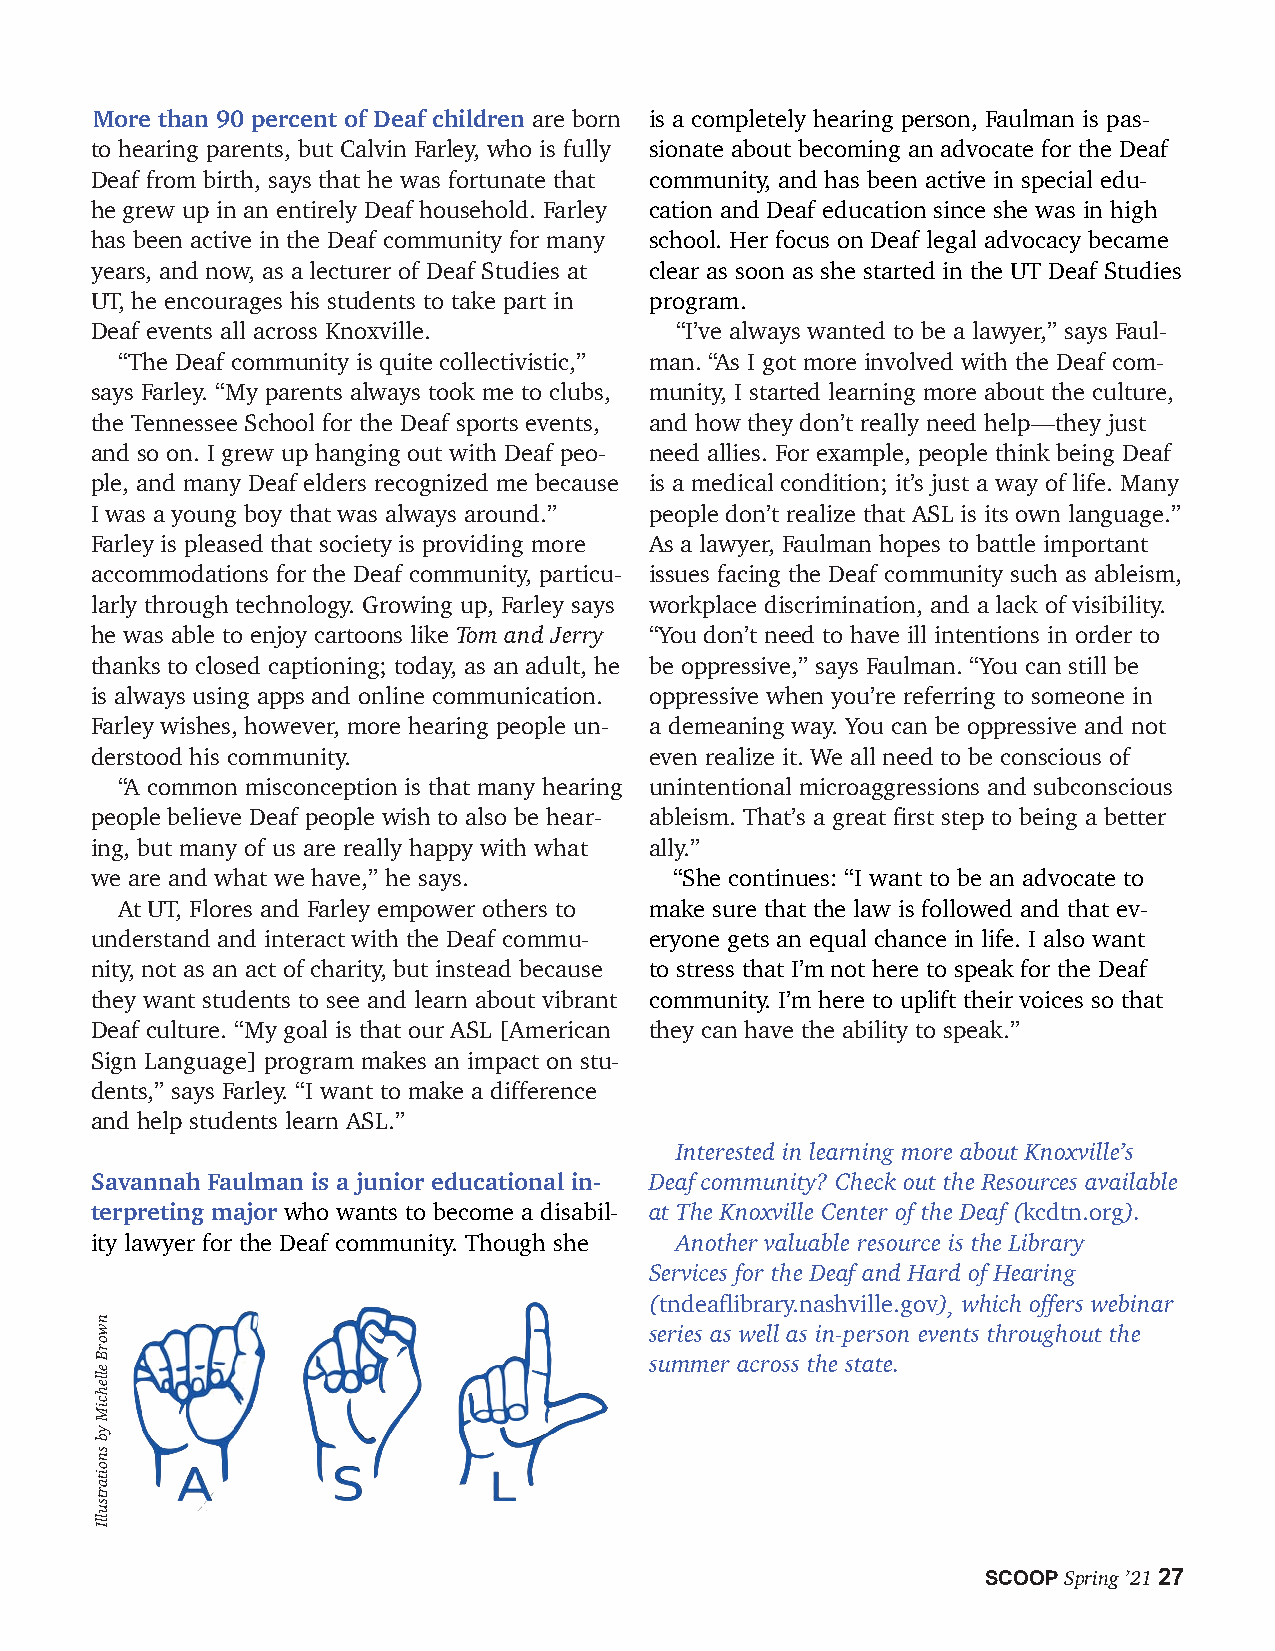
More than 90 percent of Deaf children are born is a completely hearing person, Faulman is pas-
 to hearing parents, but Calvin Farley, who is fully sionate about becoming an advocate for the Deaf
 Deaf from birth, says that he was fortunate that community, and has been active in special edu-
 he grew up in an entirely Deaf household. Farley cation and Deaf education since she was in high
 has been active in the Deaf community for many school. Her focus on Deaf legal advocacy became
 years, and now, as a lecturer of Deaf Studies at clear as soon as she started in the UT Deaf Studies
 UT, he encourages his students to take part in program.
 Deaf events all across Knoxville.      “I’ve always wanted to be a lawyer,” says Faul-
 “The Deaf community is quite collectivistic,” man. “As I got more involved with the Deaf com-
 says Farley. “My parents always took me to clubs, munity, I started learning more about the culture,
 the Tennessee School for the Deaf sports events, and how they don’t really need help—they just
 and so on. I grew up hanging out with Deaf peo- need allies. For example, people think being Deaf
 ple, and many Deaf elders recognized me because is a medical condition; it’s just a way of life. Many
 I was a young boy that was always around.” people don’t realize that ASL is its own language.”
 Farley is pleased that society is providing more As a lawyer, Faulman hopes to battle important
 accommodations for the Deaf community, particu- issues facing the Deaf community such as ableism,
 larly through technology. Growing up, Farley says workplace discrimination, and a lack of visibility.
 he was able to enjoy cartoons like Tom and Jerry “You don’t need to have ill intentions in order to
 thanks to closed captioning; today, as an adult, he be oppressive,” says Faulman. “You can still be
 is always using apps and online communication. oppressive when you’re referring to someone in
 Farley wishes, however, more hearing people un- a demeaning way. You can be oppressive and not
 derstood his community.              even realize it. We all need to be conscious of
 “A common misconception is that many hearing unintentional microaggressions and subconscious
 people believe Deaf people wish to also be hear- ableism. That’s a great first step to being a better
 ing, but many of us are really happy with what ally.”
 we are and what we have,” he says.     “She continues: “I want to be an advocate to
 At UT, Flores and Farley empower others to make sure that the law is followed and that ev-
 understand and interact with the Deaf commu- eryone gets an equal chance in life. I also want
 nity, not as an act of charity, but instead because to stress that I’m not here to speak for the Deaf
 they want students to see and learn about vibrant community. I’m here to uplift their voices so that
 Deaf culture. “My goal is that our ASL [American they can have the ability to speak.”
 Sign Language] program makes an impact on stu-
 dents,” says Farley. “I want to make a difference
 and help students learn ASL.”
 Interested in learning more about Knoxville’s
 Savannah Faulman is a junior educational in- Deaf community? Check out the Resources available
 terpreting major who wants to become a disabil- at The Knoxville Center of the Deaf (kcdtn.org).
 ity lawyer for the Deaf community. Though she Another valuable resource is the Library
 Services for the Deaf and Hard of Hearing
 (tndeaflibrary.nashville.gov), which offers webinar
 series as well as in-person events throughout the
 summer across the state.
 SCOOP Spring ’21 27
 nworB
 ellehciM
 yb
 snoitartsullI